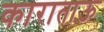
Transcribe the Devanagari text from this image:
काराताऊ